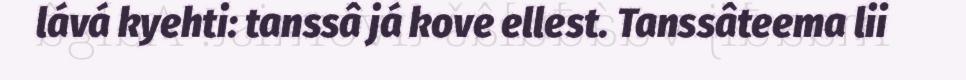
lává kyehti: tanssâ já kove ellest. Tanssâteema lii